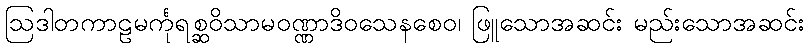
ဩဒါတကာဠမင်္ကုရစ္ဆဝိသာမဝဏ္ဏာဒိဝသေနစေဝ၊ ဖြူသောအဆင်း မည်းသောအဆင်း